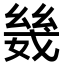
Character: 𫷣